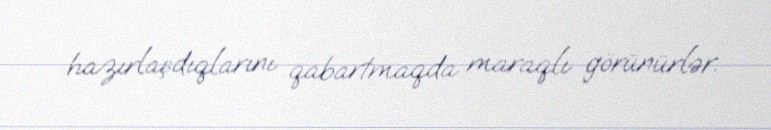
hazırlaşdıqlarını qabartmaqda maraqlı görünürlər.